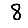
Digit: 8